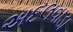
અદલવાડા